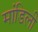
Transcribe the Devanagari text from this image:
मांडिली